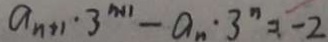
a _ { n + 1 } \cdot 3 ^ { n + 1 } - a _ { n } \cdot 3 ^ { n } = - 2